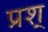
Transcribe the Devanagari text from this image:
प्रश्